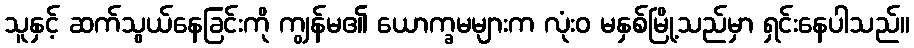
သူနှင့် ဆက်သွယ်နေခြင်းကို ကျွန်မ၏ ယောက္ခမများက လုံးဝ မနှစ်မြို့သည်မှာ ရှင်းနေပါသည်။